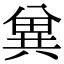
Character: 兾